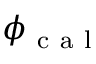
\phi _ { \mathrm { ~ c ~ a ~ l ~ } }